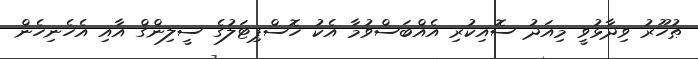
ޠުހޫރު ވިދާޅުވީ މިއަދު ސޮއިކުރި އެއްބަސްވުމާ އެކު ހޮސްޕިޓަލުގެ ސީލިންގް އާއި އެހެނިހެން